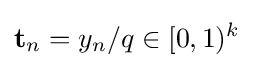
{\mathbf {t} }_{n}=y_{n}/q\in [0,1)^{k}